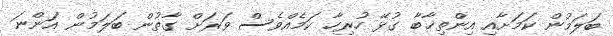
ބަލަމުން ކަމަށާއި އިންތިޚާބާ ގުޅޭ ހުރިހާ ކަމެއްވެސް ވަރަށް ގާތުން ބަލަމުން އަންނަ